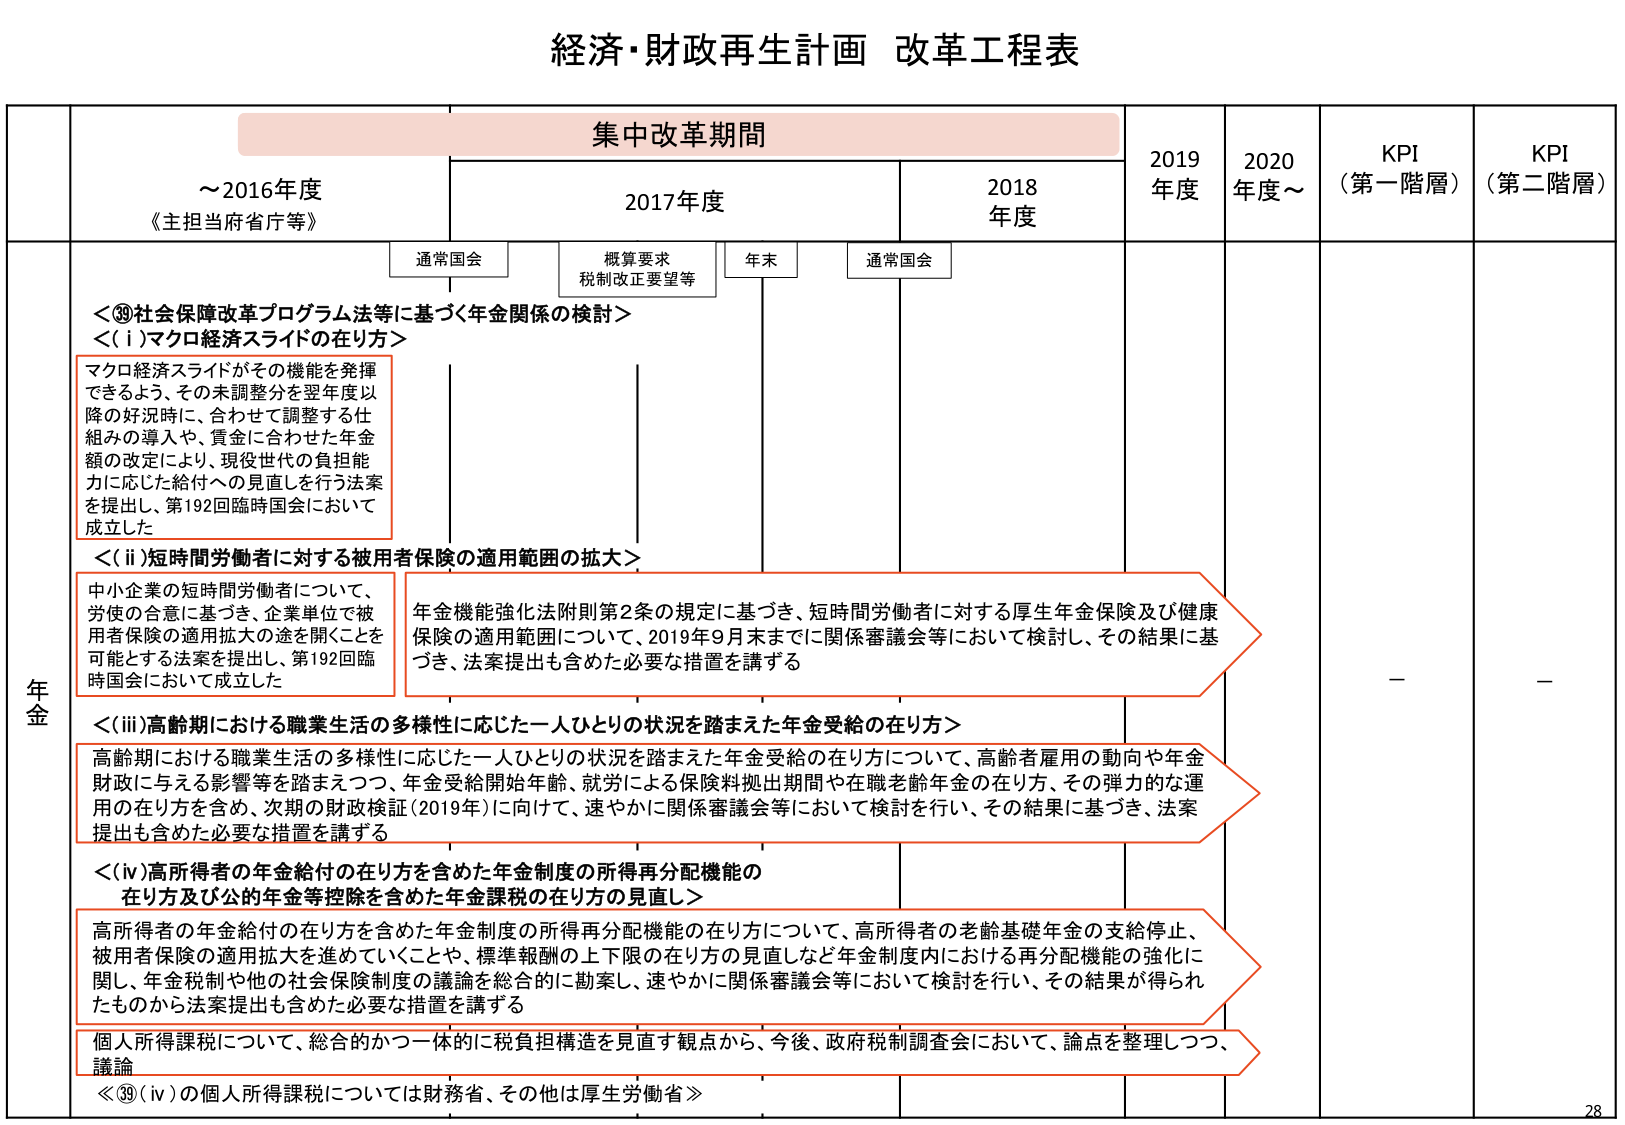
経済・財政再生計画 改革工程表

集中改革期間

～2016年度
《主担当府省庁等》

2017年度
通常国会
概算要求
税制改正要望等
年末

2018年度
通常国会

2019年度
2020年度～

KPI（第一階層）
KPI（第二階層）

年金

＜⑲社会保障改革プログラム法等に基づく年金関係の検討＞
＜(i)マクロ経済スライドの在り方＞
マクロ経済スライドがその機能を発揮できるよう、その未調整分を翌年度以降の好況時に、合わせて調整する仕組みの導入や、賃金に合わせた年金額の改定により、現役世代の負担能力に応じた給付への見直しを行う法案を提出し、第192回臨時国会において成立した

＜(ii)短時間労働者に対する被用者保険の適用範囲の拡大＞
中小企業の短時間労働者について、労使の合意に基づき、企業単位で被用者保険の適用拡大の途を開くことを可能とする法案を提出し、第192回臨時国会において成立した
年金機能強化法附則第2条の規定に基づき、短時間労働者に対する厚生年金保険及び健康保険の適用範囲について、2019年9月末までに関係審議会等において検討し、その結果に基づき、法案提出も含めた必要な措置を講ずる

＜(iii)高齢期における職業生活の多様性に応じた一人ひとりの状況を踏まえた年金受給の在り方＞
高齢期における職業生活の多様性に応じた一人ひとりの状況を踏まえた年金受給の在り方について、高齢者雇用の動向や年金財政に与える影響等を踏まえつつ、年金受給開始年齢、就労による保険料拠出期間や在職老齢年金の在り方、その弾力的な運用の在り方を含め、次期の財政検証（2019年）に向けて、速やかに関係審議会等において検討を行い、その結果に基づき、法案提出も含めた必要な措置を講ずる

＜(iv)高所得者の年金給付の在り方を含めた年金制度の所得再分配機能の在り方及び公的年金等控除を含めた年金課税の在り方の見直し＞
高所得者の年金給付の在り方を含めた年金制度の所得再分配機能の在り方について、高所得者の老齢基礎年金の支給停止、被用者保険の適用拡大を進めていくことや、標準報酬の上下限の在り方の見直しなど年金制度内における再分配機能の強化に関し、年金税制や他の社会保障制度の議論を総合的に勘案し、速やかに関係審議会等において検討を行い、その結果が得られたものから法案提出も含めた必要な措置を講ずる
個人所得税について、総合的かつ一体的に税負担構造を見直す観点から、今後、政府税制調査会において、論点を整理しつつ、議論
≪⑲(iv)の個人所得税については財務省、その他は厚生労働省≫

－
－

28